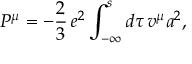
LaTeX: { \cal P } _ { { } } ^ { \mu } = - { { \frac { 2 } { 3 } } } \, e ^ { 2 } \int _ { - \infty } ^ { s } d \tau \, v ^ { \mu } a ^ { 2 } ,